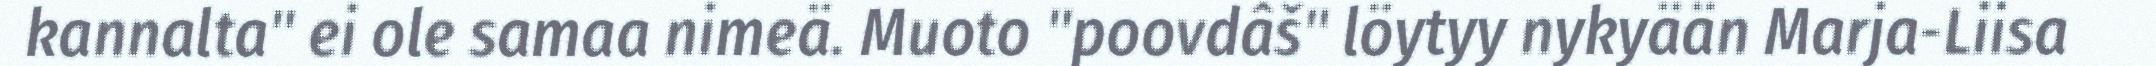
kannalta" ei ole samaa nimeä. Muoto "poovdâš" löytyy nykyään Marja-Liisa